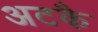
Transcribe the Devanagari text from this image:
अटकै